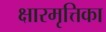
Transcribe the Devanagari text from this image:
क्षारमृत्तिका